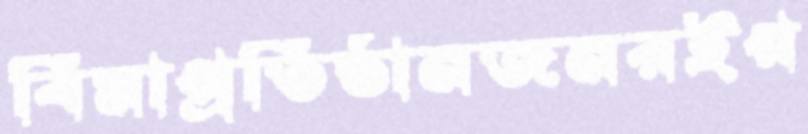
বিমাপ্রতিষ্ঠানজনরইগ